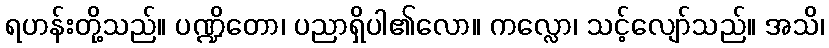
ရဟန်းတို့သည်။ ပဏ္ဍိတော၊ ပညာရှိပါ၏လော။ ကလ္လော၊ သင့်လျော်သည်။ အသိ၊